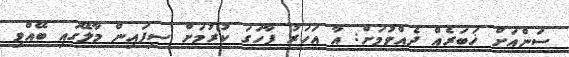
ސަންއަށް ޚަބަރެއް ދެއްވުމަށް: އާ އަހަރު ފާހަގަ ކުރުމަށް ސިފައިން މާލޭގައި ބޭއްވި